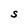
Character: S